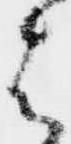
は